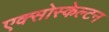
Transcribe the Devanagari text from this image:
एक्सोस्केल्टन